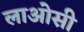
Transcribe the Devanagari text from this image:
लाओसी